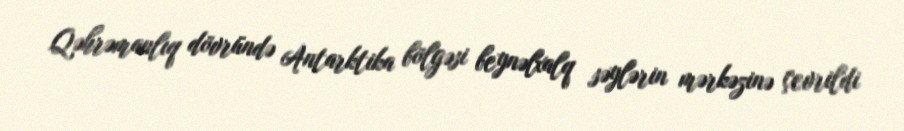
Qəhrəmanlıq dövründə Antarktika bölgəsi beynəlxalq səylərin mərkəzinə çevrildi